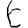
Digit: 6